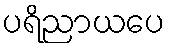
ပရိညာယပေ